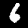
Label: 6